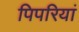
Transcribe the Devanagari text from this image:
पिपरियां